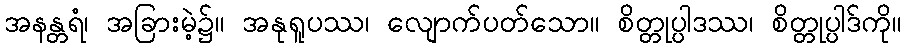
အနန္တရံ၊ အခြားမဲ့၌။ အနုရူပဿ၊ လျောက်ပတ်သော။ စိတ္တုပ္ပါဒဿ၊ စိတ္တုပ္ပါဒ်ကို။